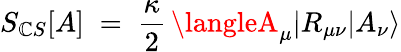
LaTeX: S_{\mathbb{C}S}[A]\; =\; \frac{{\kappa}}{{2}}\, \langleA_{\mu}|R_{\mu\nu}|A_{\nu}\rangle